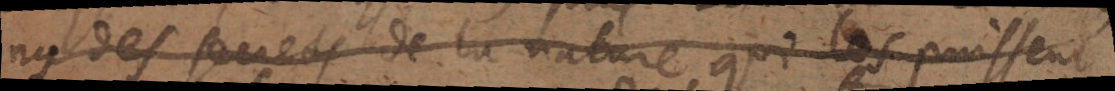
ny des secrets de la nature qui les puissent